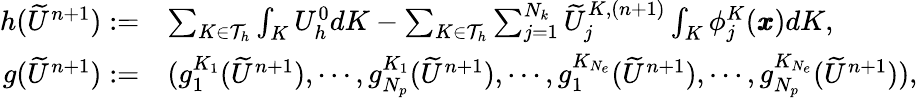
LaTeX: \begin{array}{rl}{h(\widetilde{U}^{n+1}):=}&{\sum_{K\in\mathcal{T}_{h}}\int_{K}U_{h}^{0}dK-\sum_{K\in\mathcal{T}_{h}}\sum_{j=1}^{N_{k}}\widetilde{U}_{j}^{K,(n+1)}\int_{K}\phi_{j}^{K}(\pmb{x})dK,}\\ {g(\widetilde{U}^{n+1}):=}&{(g_{1}^{K_{1}}(\widetilde{U}^{n+1}),\cdots,g_{N_{p}}^{K_{1}}(\widetilde{U}^{n+1}),\cdots,g_{1}^{K_{N_{e}}}(\widetilde{U}^{n+1}),\cdots,g_{N_{p}}^{K_{N_{e}}}(\widetilde{U}^{n+1})),}\end{array}